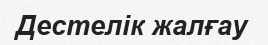
Дестелік жалғау